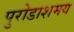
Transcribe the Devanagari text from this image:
पुरोडाशमय